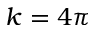
k = 4 \pi